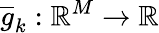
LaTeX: \overline{{g}}_{k}:\mathbb{R}^{M}\to\mathbb{R}